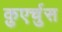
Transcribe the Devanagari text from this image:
क़ुएर्चुस